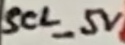
Text: SCL_5V